Cholera in southern India
Disease focus: Cholera
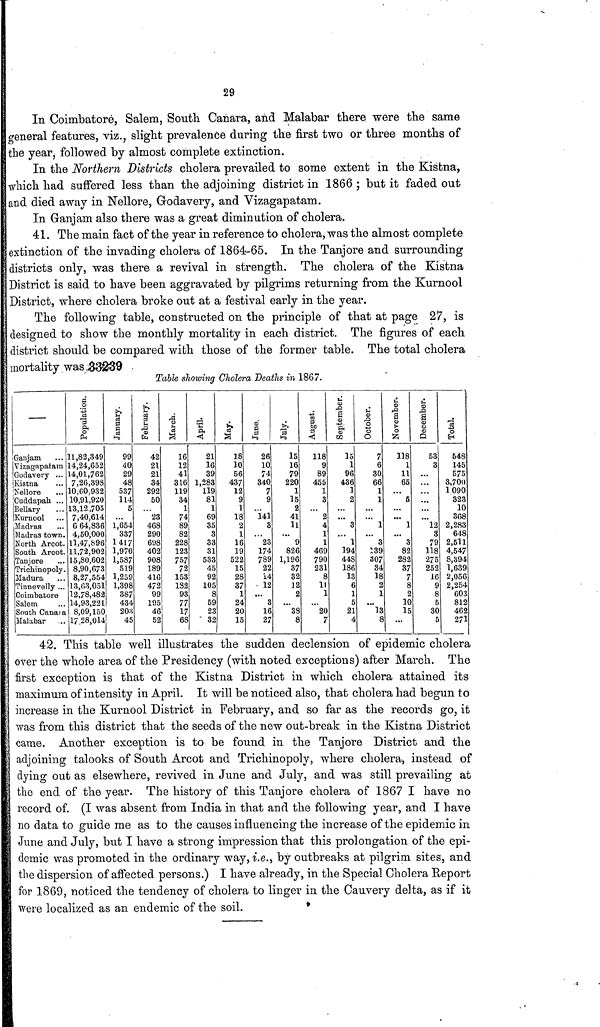
29
In Coimbatore, Salem, South. Canara, and Malabar there were the same
general features, viz., slight prevalence during the first two or three months of
the year, followed by almost complete extinction.
In the Northern Districts cholera prevailed to some extent in the Kistna,
which had suffered less than the adjoining district in 1866 ; but it faded out
and died away in Nellore, Godavery, and Vizagapatam.
In Ganjam also there was a great diminution of cholera.
41. The main fact of the year in reference to cholera, was the almost complete
extinction of the invading cholera of 1864-65. In the Tanjore and surrounding
districts only, was there a revival in strength. The cholera of the Kistna
District is said to have been aggravated by pilgrims returning from the Kurnool
District, where cholera broke out at a festival early in the year.
The following table, constructed on the principle of that at page 27, is
designed to show the monthly mortality in each, district. The figures of each
district should be compared with those of the former table. The total cholera
mortality was 33239
Table showing Cholera Deaths in 1867.
—
Ganjam
Vizagapatam
Godavery
Kistna
Nellore
Cuddapah
Bellary
Kurnool
Madras
Madras town
North Arcot
South Arcot.
Tanjore
Trichinopoly
Madura
Tinnevelly ..
Coimbatore
Salem
South Canara
Malabar
Population.
11,82,349
14,24,652
14,01,762
7,26,398
10,60,932
10,91,920
13,12,705
7,40,614
6 64,836
4,50,000
11,47,896
11,72,902
15,80,602
8,90,673
8,27,554
13,63,051
12,78,482
14,93,221
| 8,09,150
17 28,014
January.
99
40
29
48
537
114
5
1,654
337
1417
1,970
1,587
519
1,259
1,398
387
434
203
45
February.
42
21
21
34
292
50
'23
468
290
698
402
908
189
416
472
99
195
46
52
March.
16
12
41
316
119
34
1
74
89
82
228
123
757
72
153
182
93
77
17
68
April.
21
16
39
1,283
119
81
1
69
35
3
33
31
533
45
92
105
8
59
23
32
May.
18
10
56
437
12
c
1
18
2
1
16
19
522
15
28
37
1
24
20
15
June.
26
10
74
340
7
9
...
141
3
.. .
23
174
789
22
14
12
...
3
16
27
July.
15
16
79
220
1
15
2
41
11
...
9
826
1,196
37
32
12
2
...
38
8
August.
118
9
89
455
1
3
2
4
1
1
469
790
231
8
11
1
20
7
September.
15
1
96
436
1
2
3
1
194
448
186
13
6
1
c
21
4
October.
7
6
30
66
1
1
1
...
3
139
307
34
18
c
1
13
8
November.
118
1
11
65
5
1
...
3
82
282
37
7
8
2
10
15
...
December.
53
3
12
3
79
118
275
252
16
9
8
5
30
5
Total.
548
145
575
3,700
1 090
323
10
368
2,283
648
2,511
4,547
8,394
1,639
2,056
2,254
603
812
462
271
42. This table well illustrates the sudden declension of epidemic cholera
over the whole area of the Presidency (with noted exceptions) after March. The
first exception is that of the Kistna District in which cholera attained its
maximum of intensity in April. It will be noticed also, that cholera had begun to
increase in the Kurnool District in February, and so far as the records go, it
was from this district that the seeds of the new out-break in the Kistna District
came. Another exception is to be found in the Tanjore District and the
adjoining talooks of South Arcot and Trichinopoly, where cholera, instead of
dying out as elsewhere, revived in June and July, and was still prevailing at
the end of the year. The history of this Tanjore cholera of 1867 I have no
record of. (I was absent from India in that and the following year, and I have
no data to guide me as to the causes influencing the increase of the epidemic in
June and July, but I have a strong impression that this prolongation of the epi-
demic was promoted in the ordinary way, i.e., by outbreaks at pilgrim sites, and
the dispersion of affected persons.) I have already, in the Special Cholera Report
for 1869, noticed the tendency of cholera to linger in the Cauvery delta, as if it
were localized as an endemic of the soil.